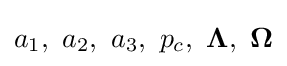
a_{1},\ a_{2},\ a_{3},\ p_{c},\ \mathbf {\Lambda } ,\ \mathbf {\Omega }